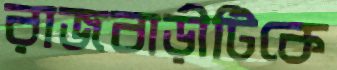
রাজবাড়ীটিকে